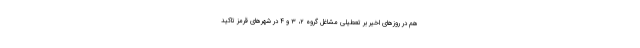
هم در روزهای اخیر بر تعطیلی مشاغل گروه ۲، ۳ و ۴ در شهرهای قرمز تاکید